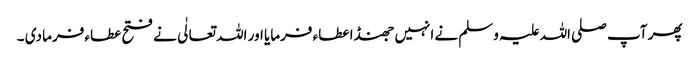
پھر آپ صلی اللہ علیہ وسلم نے انہیں جھنڈا عطاء فرمایا اور اللہ تعالٰی نے فتح عطاء فرما دی ۔